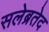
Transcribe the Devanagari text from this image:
सलेब्रतेद